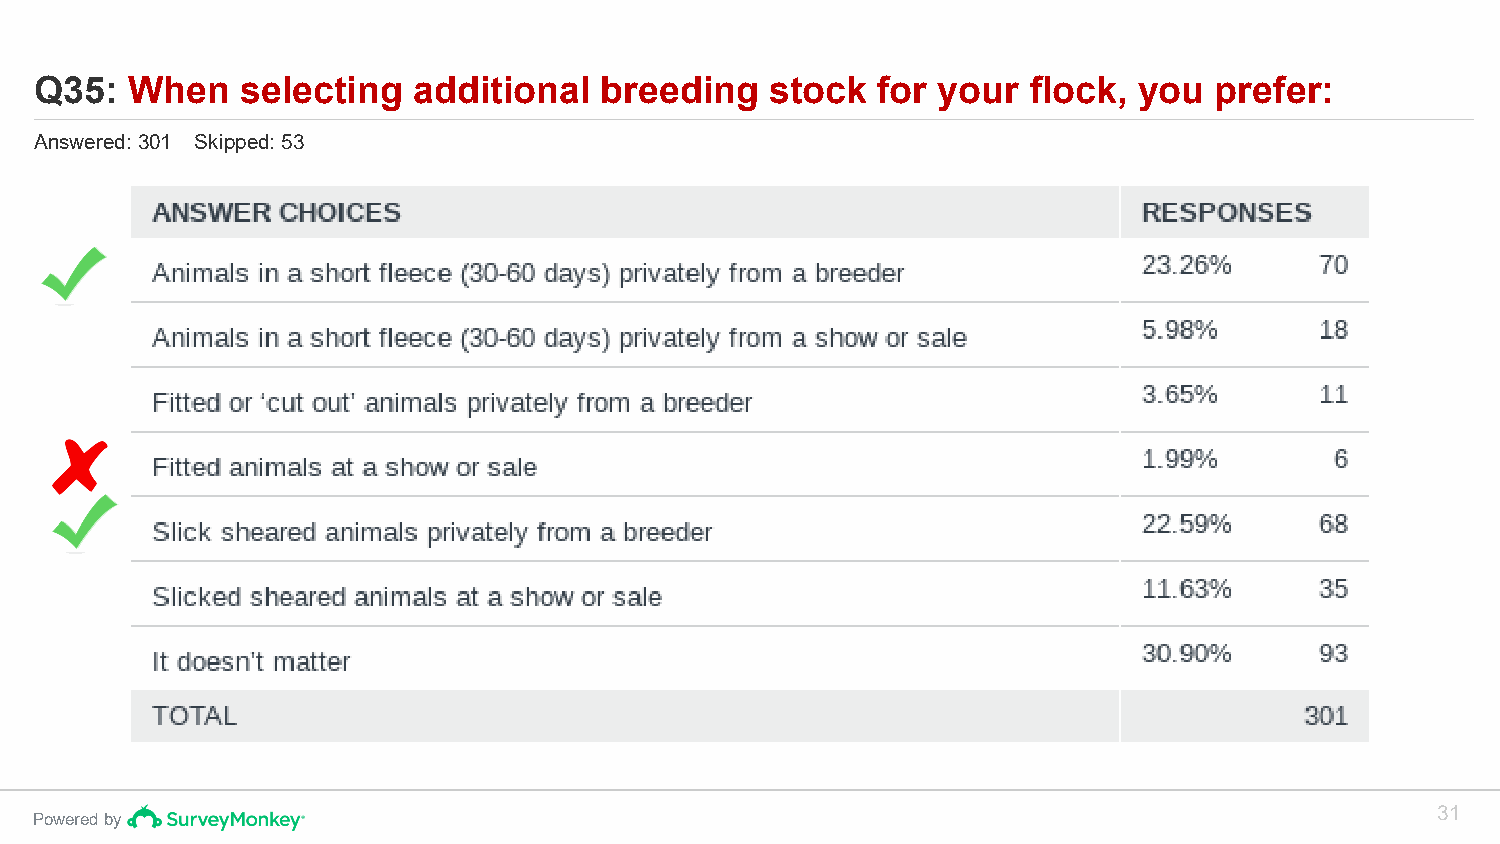
Q35:  When    selecting  additional   breeding   stock  for your  flock, you  prefer:
 Answered: 301 Skipped: 53
 31
 Powered by